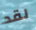
لقد